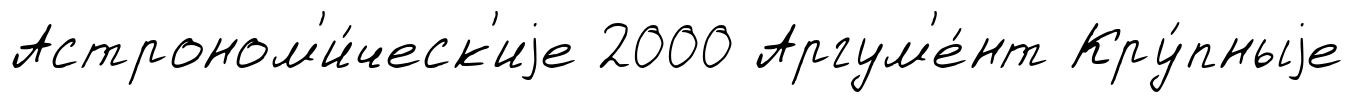
Астроном'и́ческ'иjе 2000 Аргум'е́нт Кру́пныjе